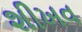
શીખવ